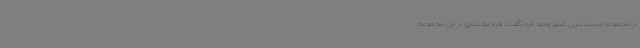
در مجموعه تربیت مربی کشور وجود دارد؛ گفت: افراد توانمندی در این مجموعه